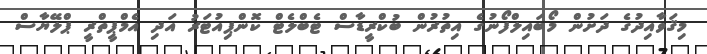
މިޤަވާއިދުގެ ދަށުން މޯބައިލްފޯނުގެ އިތުރުން ބުކްރީޑާސް ޓެބްލެޓް ކޮންޕިއުޓަރު އަަދި އެމްޕީތްރީ ޕްލޭޔާސް